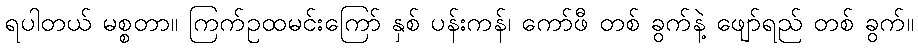
ရပါတယ် မစ္စတာ။ ကြက်ဥထမင်းကြော် နှစ် ပန်းကန်၊ ကော်ဖီ တစ် ခွက်နဲ့ ဖျော်ရည် တစ် ခွက်။